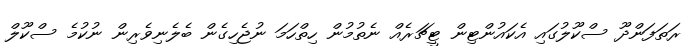
ރަތަފަންދޫ ސްކޫލުގައި އެކައުންޓިން ޓީޗަރެއް ނެތުމުން ހިތްހަމަ ނުޖެހިގެން ބެލެނިވެރިން ނުކުމެ ސްކޫލް